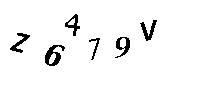
Z6479V